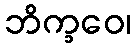
ဘိက္ခဝေ၊